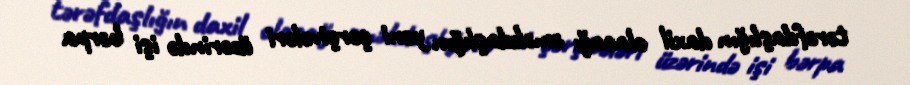
tərəfdaşlığın daxil olacağı əməkdaşlığın yeni çərçivələri üzərində işi bərpa